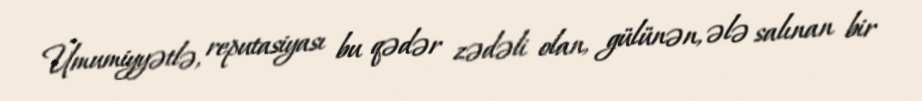
Ümumiyyətlə, reputasiyası bu qədər zədəli olan, gülünən, ələ salınan bir